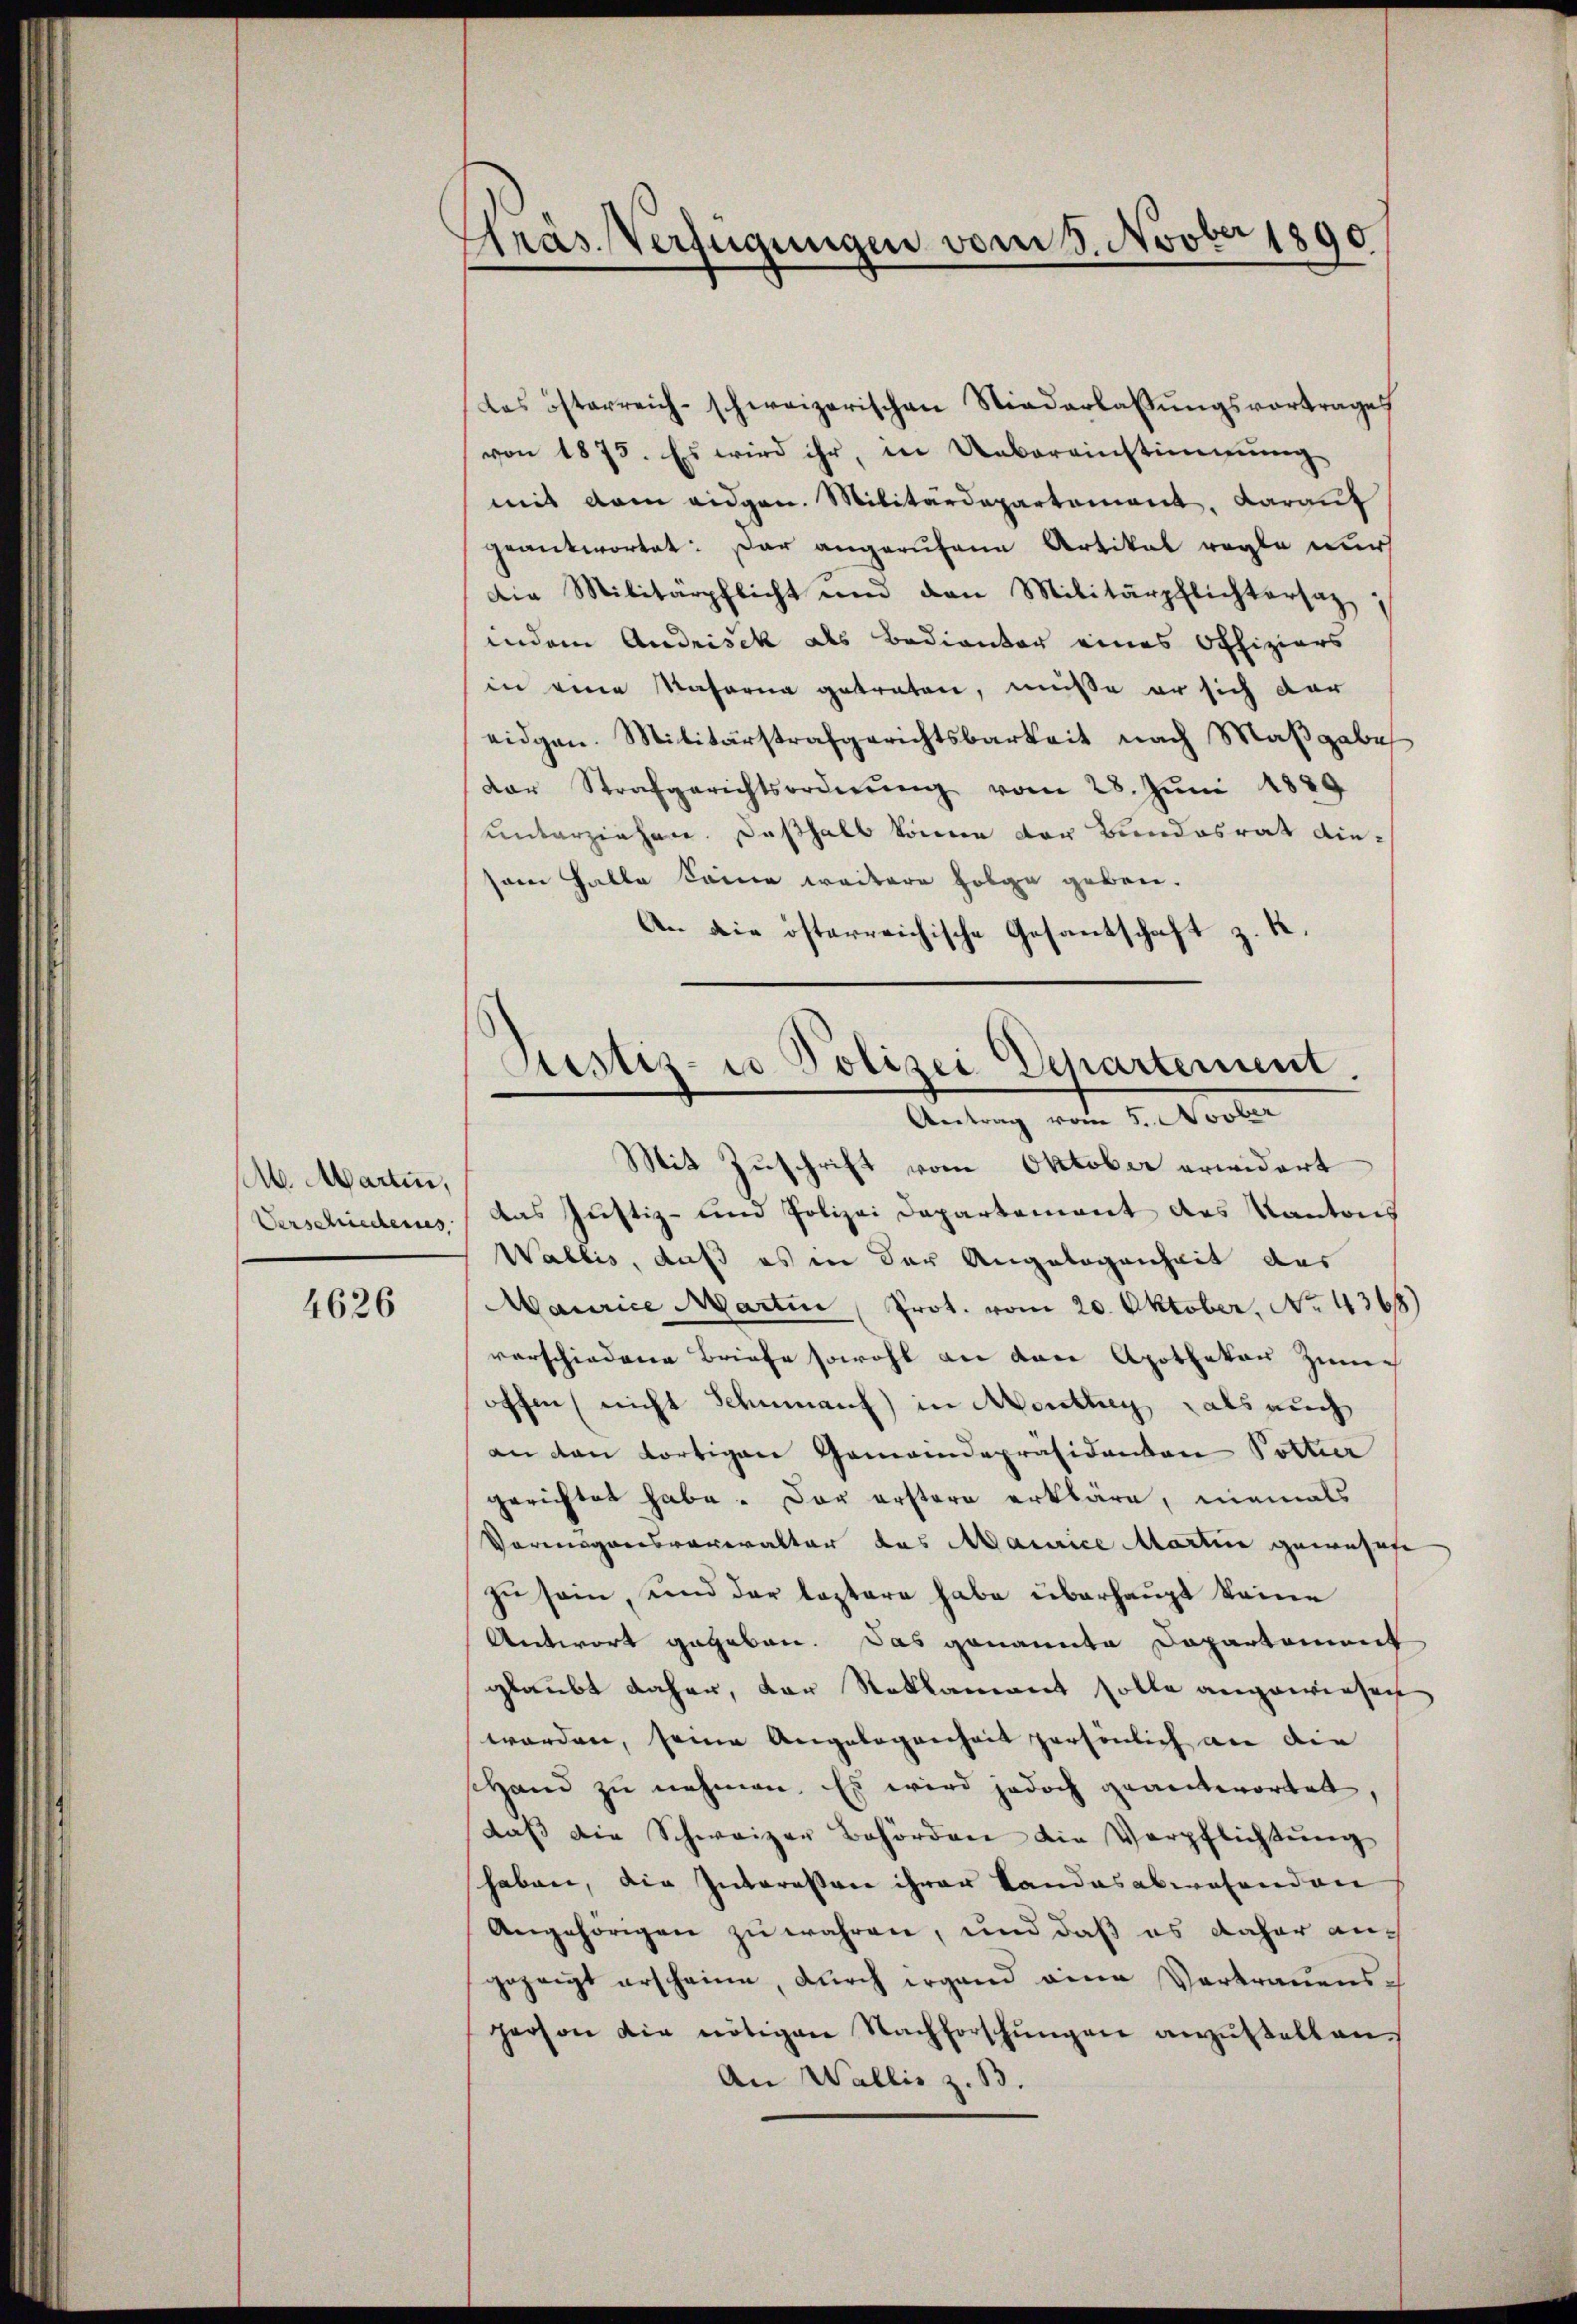
Ab. Martin,
Verschiederus,

4626

Präs. Verfügungen vom 8. Novber 1890

das österreich-schweizerischen Niederlassungsvortrages
von 1873. Es wird ihr, in Uebereinstimmung
mit dem eidgen. Militärdepartement, darauf
geantwortet: Dar angerufene Artikel regle nur
Die Militärpflicht und den Militärpflichtersat
indem Andrisek als Bedienter eines Offiziers
in eine Nasarna getreten, müße er sich dar
eidgen. Militärstrafgerichtsbarkeit nach Maßgabe
der Strafgerichtsordnŭng vom 28. Jŭni 1889
unterziehen. Deßhalb können der Bundesrat diesein Halle keine weitere Folge geben.
An die österreichische Gesantschaft z. K.

Justiz- u Polizei Departement.

Antrag vom 5. Novber
Mit Zuschrift vom Oktober erwidert
das Justiz- und Polizei Departement des Kantons
Wallis, daß es in der Angelegenheit des
Maurice Martin Prot. vom 20. Oktober, No. 4368)
verschiedene Briefe sowohl an der Apothekar Zimme
offen, nicht Schumanuf) in Menthey als auch
an den fortigere Gemeindepräsidenton Pottier
gerichtet habe. Der erstern erkläre, niemals
Vermögensvoreralter das Maurice Martien gewohnte
zu sein, und der leztere habe überhaupt keine
Antwort gegeben. Das genannte Departement
glaubt daher, der Reklamant solle angewiesen
worden, seine Angelegenheit persönlich an die
shand zu nehmen. Es wird jedoch geantwortet,
daß die Schweizer Behörden die Verpflichtung
haben, die Interessore ihrer Landesabwesenden
Angehörigen zu wahren, und daß es daher auch
gezeigt erscheine, durch irgend eine Vertrauensperson die nötigen Nachforschŭngen anzŭstellen.
An Wallis z. B.